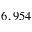
6 , 9 5 4